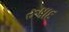
રૂષાદ